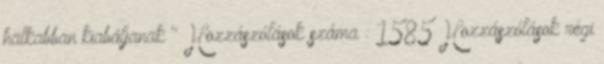
halkabban kiabáljanak " Hozzászólások száma : 1585 Hozzászólások régi